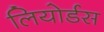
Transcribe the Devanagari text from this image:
लियोर्डस